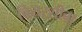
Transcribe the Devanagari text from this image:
बियरशीबा